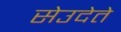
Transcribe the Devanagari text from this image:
सेउदेते